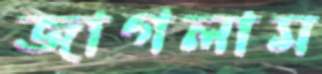
জাগলাম